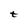
Character: t